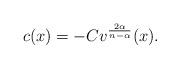
LaTeX: \begin{align*}c(x)=-Cv^{\frac{2\alpha}{n-\alpha}}(x).\end{align*}